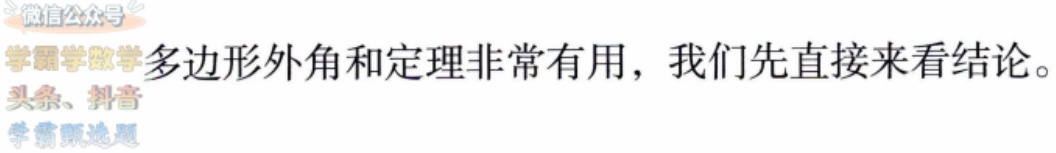
多边形外角和定理非常有用，我们先直接来看结论。